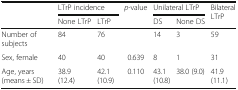
<table><thead><tr><td></td><td colspan="2"><b>LTrP incidence</b></td><td rowspan="2"><b><i>p</i>-value</b></td><td colspan="2"><b>Unilateral LTrP</b></td><td rowspan="2"><b>Bilateral LTrP</b></td></tr><tr><td></td><td><b>None LTrP</b></td><td><b>LTrP</b></td><td><b>DS</b></td><td><b>None DS</b></td></tr></thead><tbody><tr><td>Number of subjects</td><td>84</td><td>76</td><td></td><td>14</td><td>3</td><td>59</td></tr><tr><td>Sex, female</td><td>40</td><td>40</td><td>0.639</td><td>8</td><td>1</td><td>31</td></tr><tr><td>Age, years (means ± SD)</td><td>38.9 (12.4)</td><td>42.1 (10.9)</td><td>0.110</td><td>43.1 (10.8)</td><td>38.0 (9.0)</td><td>41.9 (11.1)</td></tr></tbody></table>